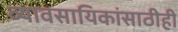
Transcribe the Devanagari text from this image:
व्यावसायिकांसाठीही